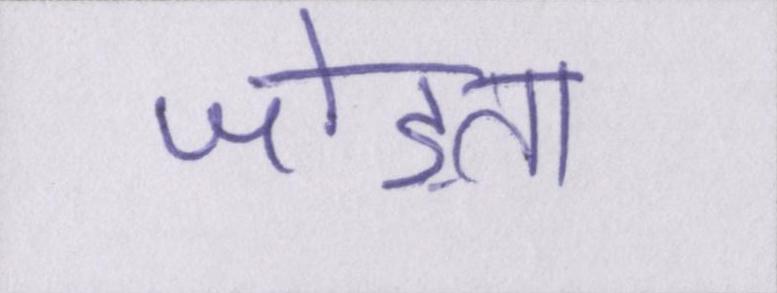
जोड़ता